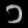
Digit: ၁